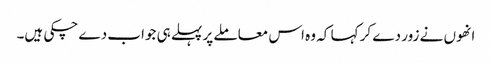
انھوں نے زور دے کر کہا کہ وہ اس معاملے پر پہلے ہی جواب دے چکی ہیں۔